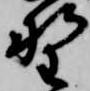
野